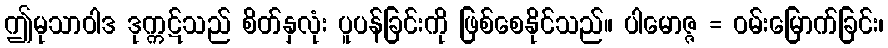
ဤမုသာဝါဒ ဒုက္ကဋ်သည် စိတ်နှလုံး ပူပန်ခြင်းကို ဖြစ်စေနိုင်သည်။ ပါမောဇ္ဇ = ဝမ်းမြောက်ခြင်း၊